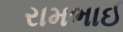
રામભાઈ